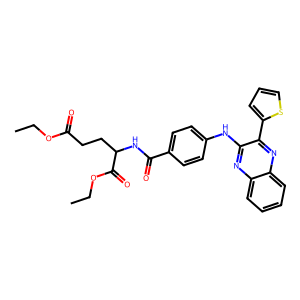
SMILES: CCOC(=O)CCC(NC(=O)c1ccc(Nc2nc3ccccc3nc2-c2cccs2)cc1)C(=O)OCC
Inhibits HIV replication: No